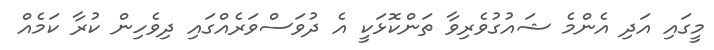
މީގައި އަދި އެންމެ ޝައުގުވެރިވާ ތަންކޮޅަކީ އެ ދުވަސްވަރެއްގައި ދިވެހިން ކުރާ ކަމެއް